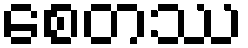
စေတဿ